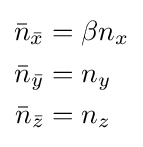
{\begin{aligned}{\bar {n}}_{\bar {x}}&=\beta n_{x}\\{\bar {n}}_{\bar {y}}&=n_{y}\\{\bar {n}}_{\bar {z}}&=n_{z}\end{aligned}}